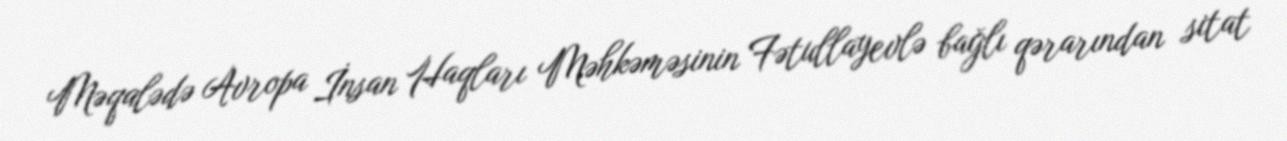
Məqalədə Avropa İnsan Haqları Məhkəməsinin Fətullayevlə bağlı qərarından sitat